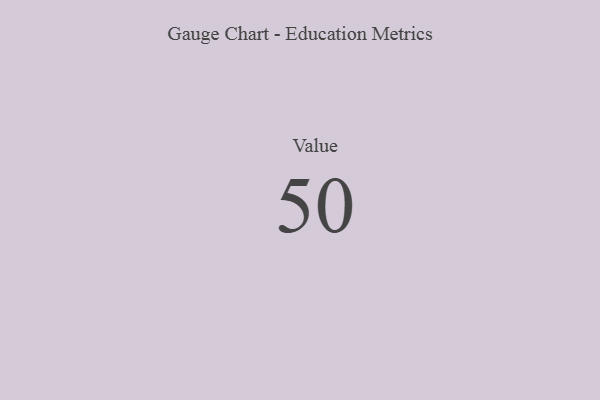
{"axis": {"x": "Metric", "y": "Value"}, "legend": [""], "data": [{"x": "Value", "y": 50, "type": ""}]}